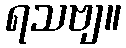
ရသဗျ။